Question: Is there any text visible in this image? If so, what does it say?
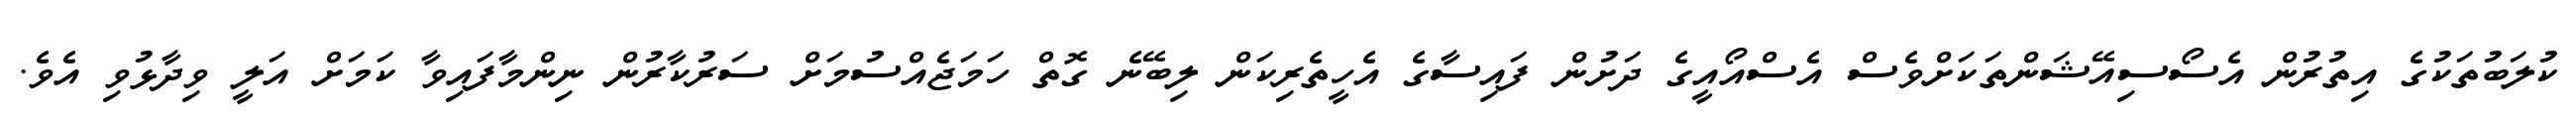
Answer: ކުލަބުތަކުގެ އިތުރުން އެސޯސިއޭޝަންތަކަށްވެސް އެސްއޯއީގެ ދަށުން ފައިސާގެ އެހީތެރިކަން ލިބޭނެ ގޮތް ހަމަޖެއްސުމަށް ސަރުކާރުން ނިންމާފައިވާ ކަމަށް އަލީ ވިދާޅުވި އެވެ.